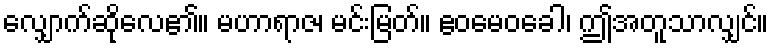
လျှောက်ဆိုလေ၏။ မဟာရာဇ၊ မင်းမြတ်။ ဧဝမေဝခေါ၊ ဤအတူသာလျှင်။